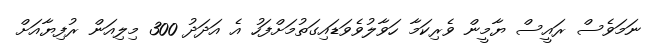
ނަމަވެސް ރައީސް ޔާމީން ވެރިކަމާ ހަވާލުވެވަޑައިގަތުމަށްފަހު އެ އަދަދު 300 މިލިއަން ރުފިޔާއަށް